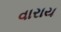
વારાય